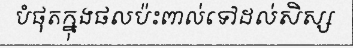
បំផុតក្នុងផលប៉ះពាល់ទៅដល់សិស្ស